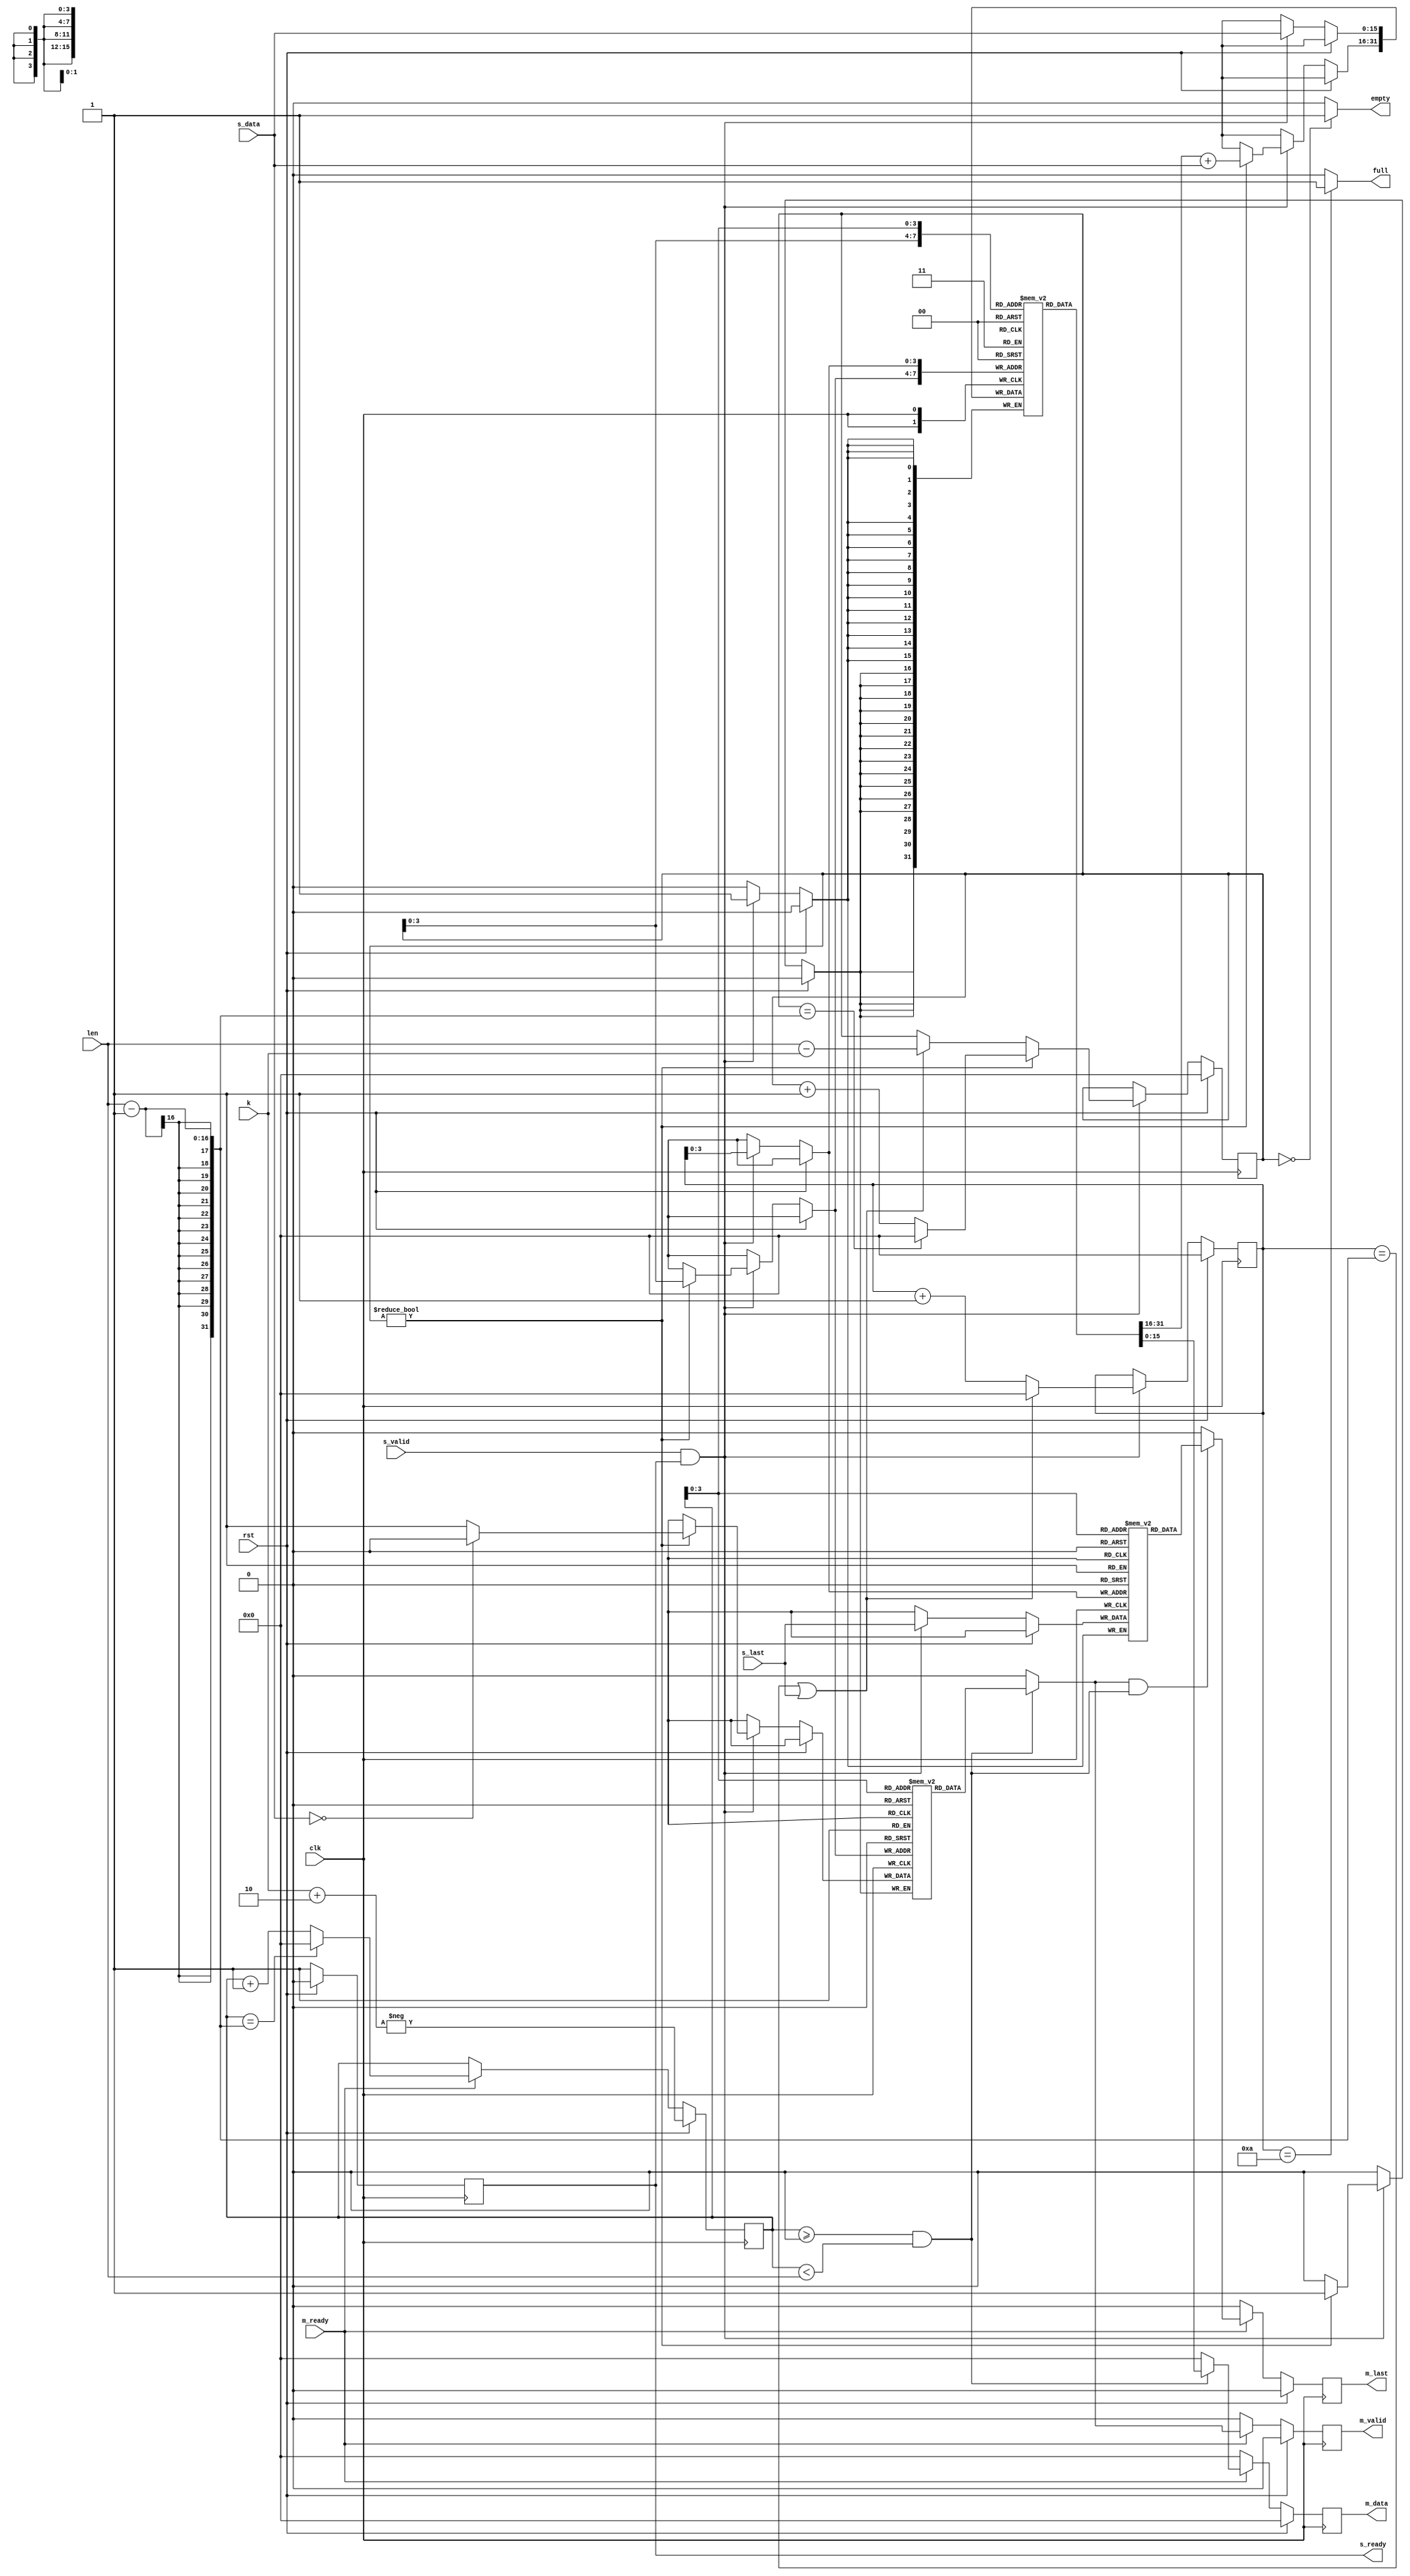
`timescale 1ns / 1ps

module packet_data #(
    parameter Data_width = 16,
    parameter Depth = 10)(

      input clk,
      input rst,

      input [Data_width-1   :0]   s_data,
      input s_valid,
      input s_last,
      output reg s_ready,
      input [Data_width-1:0]k,
      input [Data_width-1:0]len,
      //input [Data_width+Data_width-1 :0] packet_config,
      output reg [Data_width-1   :0]  m_data,
      output reg m_valid,
      output reg m_last,
      input  m_ready,
      output  full,
      output  empty
    );
integer i;
  reg [Data_width-1:0] mem_data [Depth-1:0]; // array for storing the data
  reg  mem_valid [Depth-1:0]; // array for storing the vlid signal
  reg  mem_last [Depth-1:0]; // array for storing the last signal
  reg [Data_width-1:0] wr_ptr1;
  reg [Data_width-1:0] rd_ptr;
  reg [Data_width-1:0] wr_ptr2;


// Updating the storage with zeros
initial begin
 for(i = 0; i < Depth; i = i + 1)
  begin
    mem_data[i] = 0;
    mem_valid[i] = 0;
    mem_last[i] = 0;
  end
end

// slave ready
always@(posedge clk)  begin
  if (rst)  s_ready <=0;
  else s_ready <=1;
end

assign full = wr_ptr1==Depth?1:0;
assign empty = wr_ptr2==0?1:0;

// for mem_data
always@(posedge clk)begin
    if (rst)begin
        wr_ptr1 <= 0;
        wr_ptr2 <= 0;
    end 
    else if( s_valid && s_ready) begin
        mem_data[wr_ptr1] <= s_data;
        mem_last[wr_ptr1] <= s_last;
        if(wr_ptr1 == len-1 || s_last )begin
            wr_ptr1 <= 0;
            wr_ptr2 <= len-k;   
        end
        else wr_ptr1 <= wr_ptr1 + 1;
        if(wr_ptr2 != 0) begin
            mem_data[wr_ptr2] <= mem_data[wr_ptr2] + s_data;
            mem_valid[wr_ptr2] <= s_data == 0 ? 1'b0 : 1'b1;
            if(wr_ptr2 == len-1)begin
                wr_ptr2 <= 0; 
            end
            else begin
                wr_ptr2 <= wr_ptr2 + 1;
            end
        end
        
    end
end

always@(posedge clk) begin
    if(rst) begin
        rd_ptr <= -(k+2);
        m_valid <= 0;
        m_last <= 0;
        m_data <= 0;
    end
    else if( m_ready)begin
        m_valid = (rd_ptr >= 0 && rd_ptr < len) ? mem_valid[rd_ptr] :0 ;
        m_last <= m_valid && (rd_ptr >= 0 && rd_ptr < len)? mem_last[rd_ptr]:0;
        m_data <= (rd_ptr >= 0 && rd_ptr < len) ? mem_data[rd_ptr] : 0;
        rd_ptr <= rd_ptr == len-1 ? 0 : rd_ptr +1;
    end
    else begin
        m_valid = 0;
        m_last = 0;
        m_data = 0;
    end
end


 endmodule